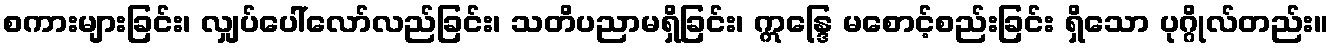
စကားများခြင်း၊ လျှပ်ပေါ်လော်လည်ခြင်း၊ သတိပညာမရှိခြင်း၊ ဣန္ဒြေ မစောင့်စည်းခြင်း ရှိသော ပုဂ္ဂိုလ်တည်း။